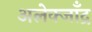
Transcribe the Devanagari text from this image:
अलेक्जाँद्र